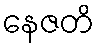
နေဇတိ